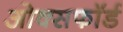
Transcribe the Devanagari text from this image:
ओक्सफॉर्ड